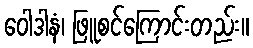
ဝေါဒါနံ၊ ဖြူစင်ကြောင်းတည်း။